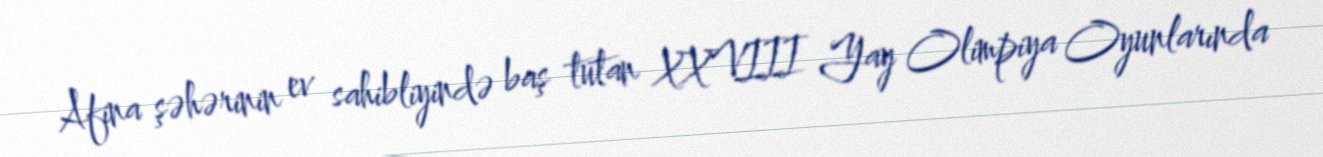
Afina şəhərinin ev sahibliyində baş tutan XXVIII Yay Olimpiya Oyunlarında